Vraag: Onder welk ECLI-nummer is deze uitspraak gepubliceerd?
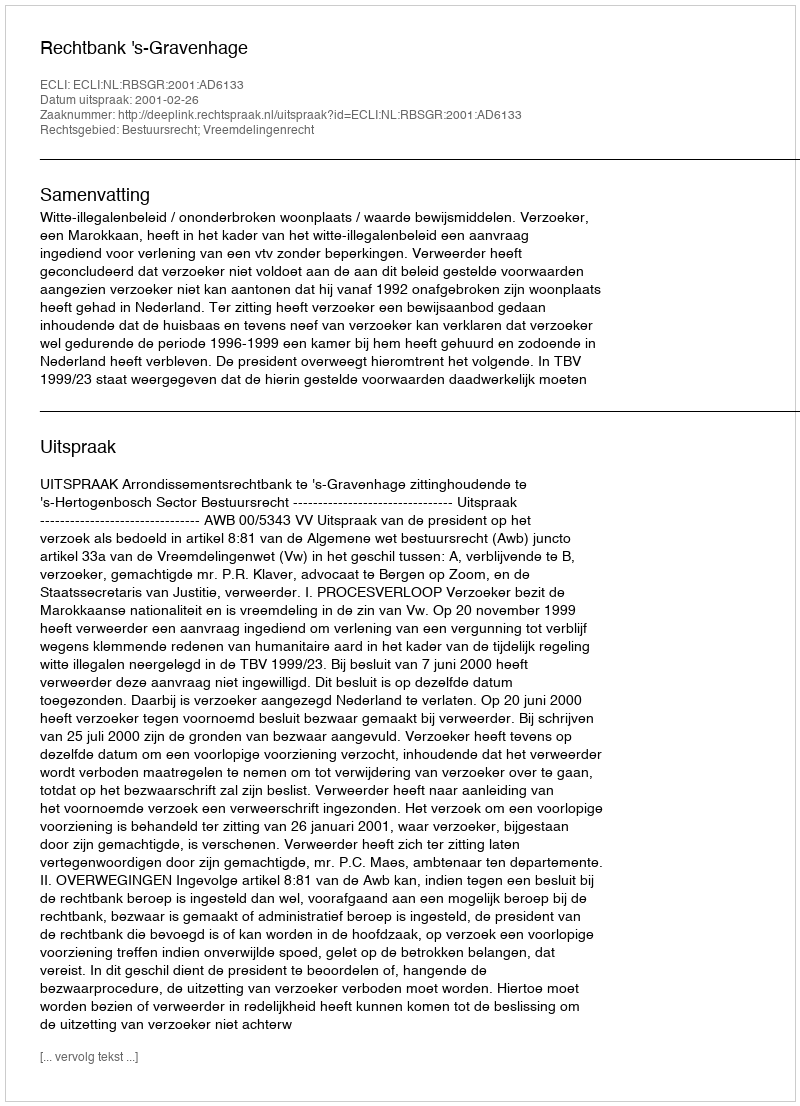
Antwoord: ECLI:NL:RBSGR:2001:AD6133